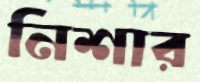
নিশার